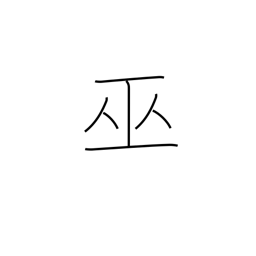
Meaning: shrine maiden